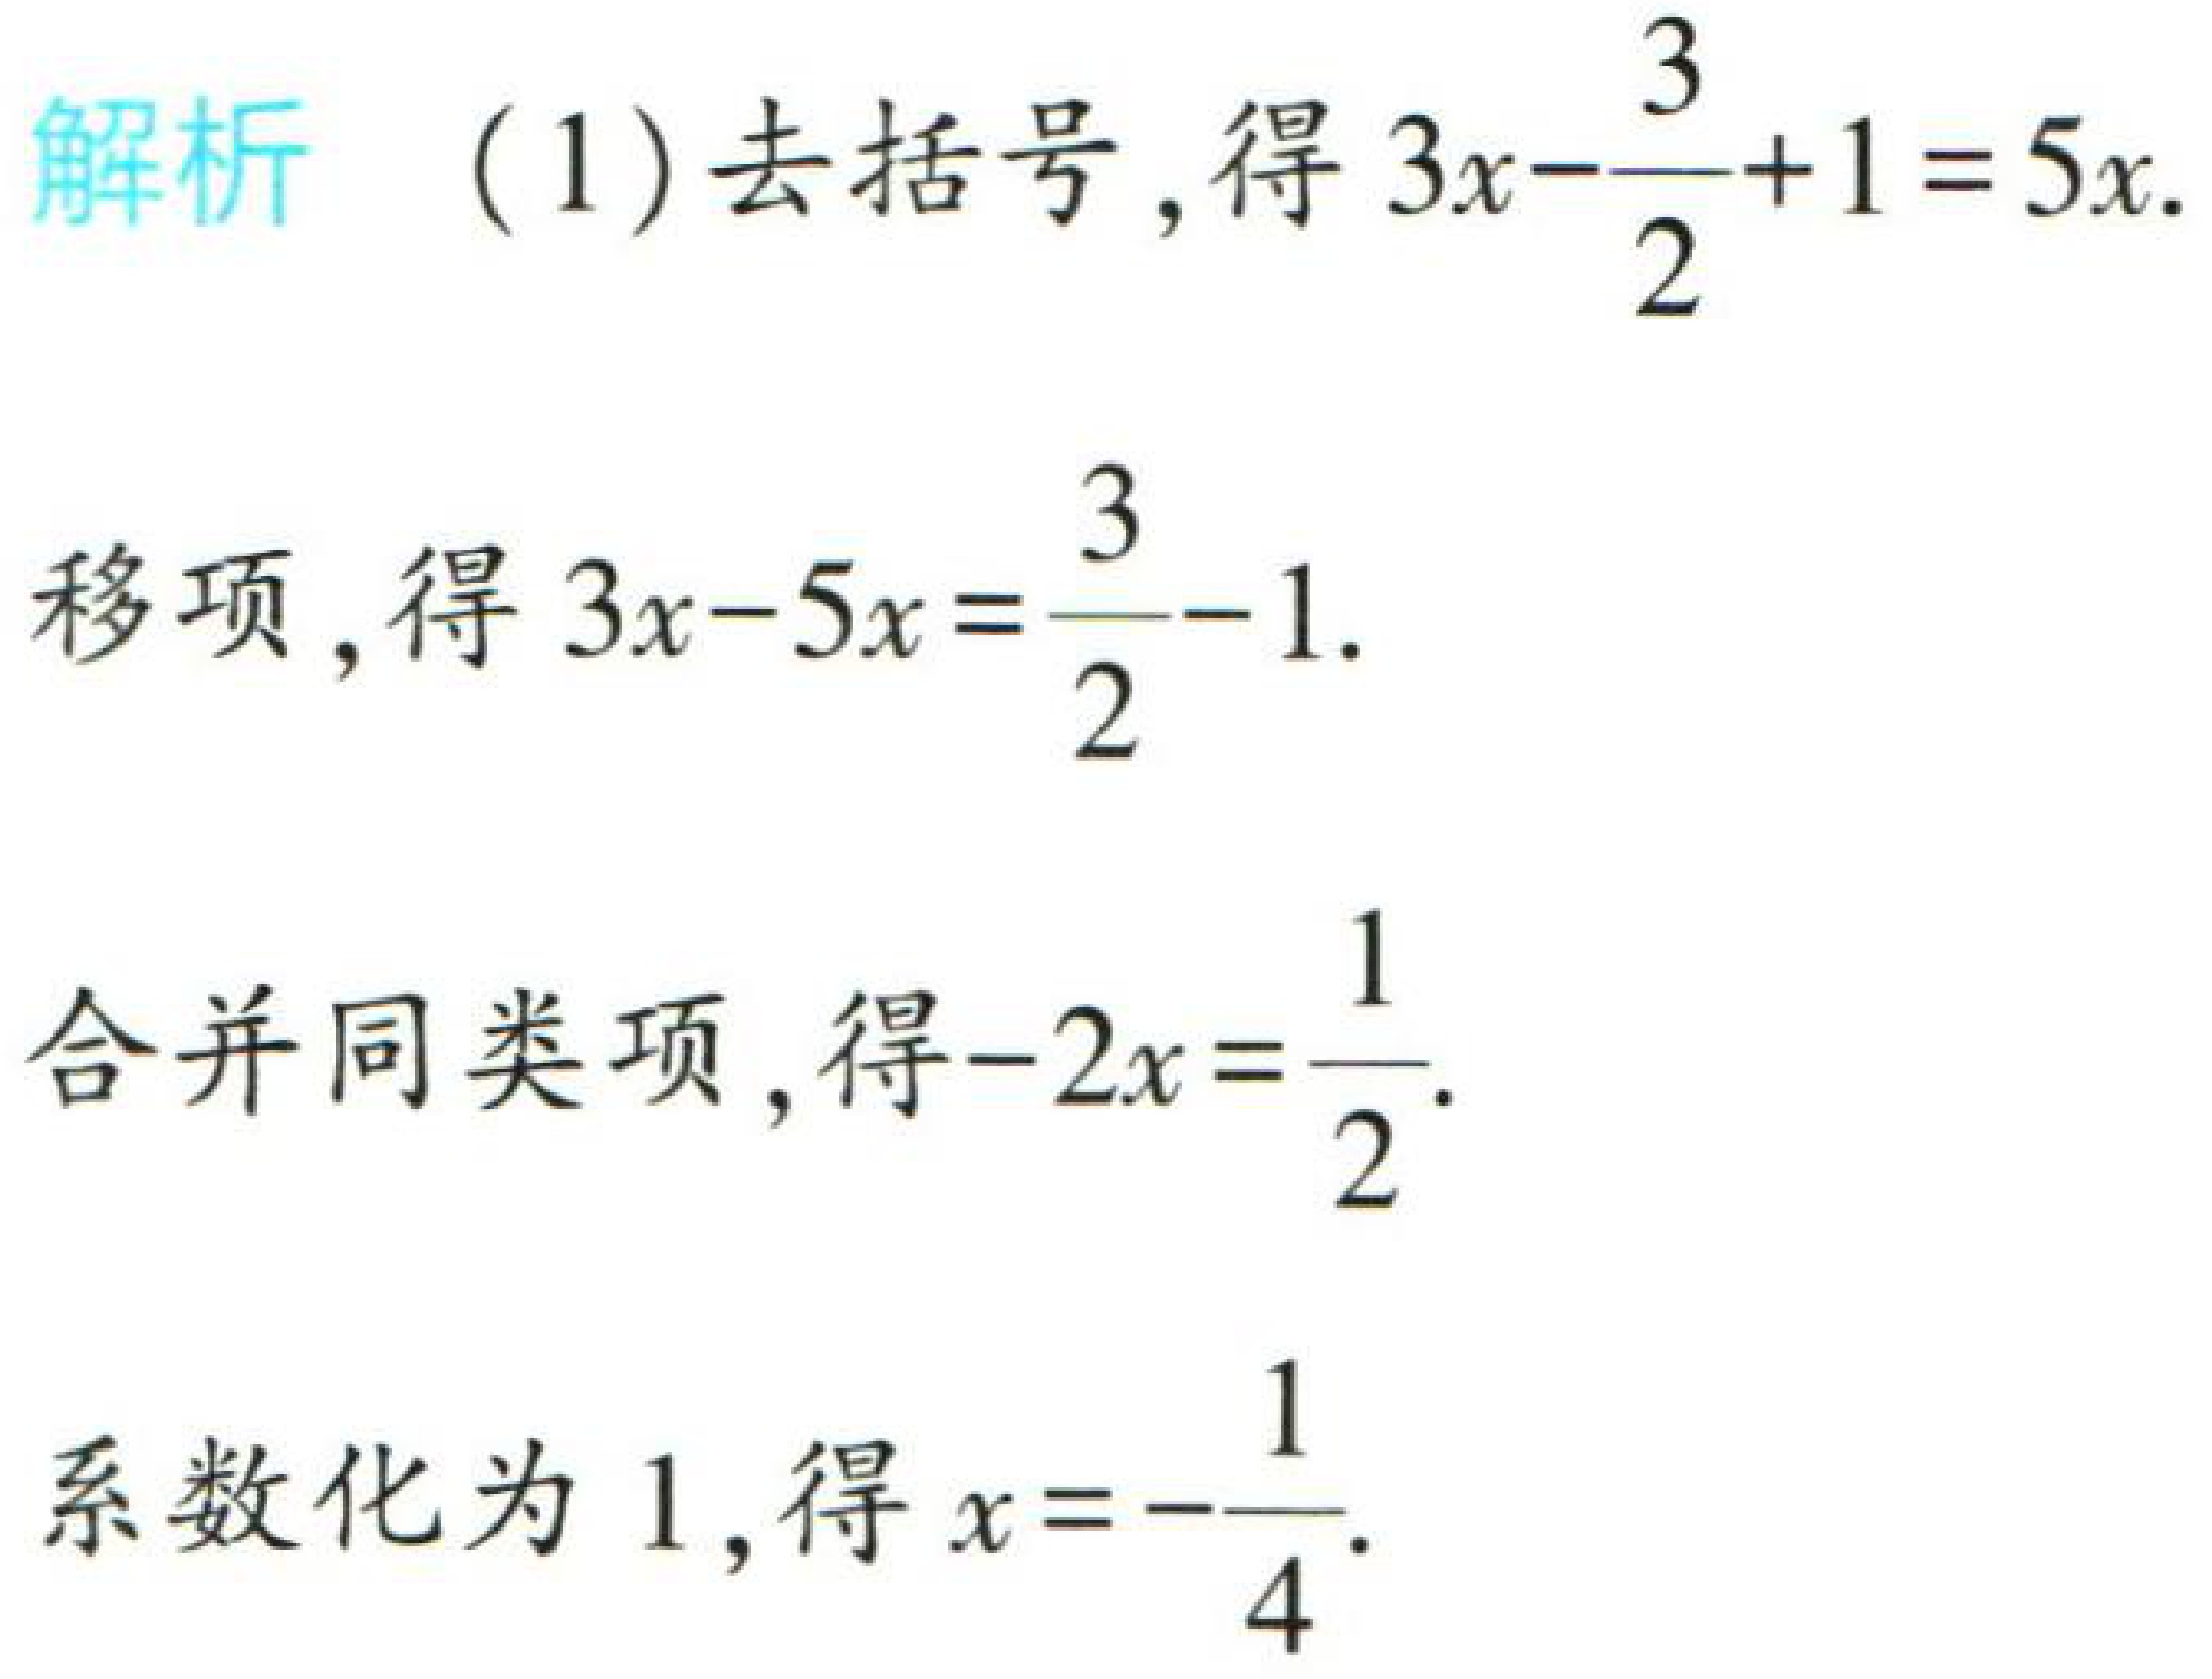
解析 （1）去括号，得\(3x - \frac{3}{2} + 1 = 5x\).

移项，得\(3x - 5x = \frac{3}{2} - 1\).

合并同类项，得\(-2x = \frac{1}{2}\).

系数化为 1，得\(x = -\frac{1}{4}\).